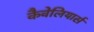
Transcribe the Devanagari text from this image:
कैवेलियार्स